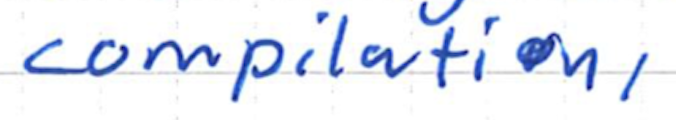
Text: compilation,
Cross-out: clean
Writing tool: ballpoint